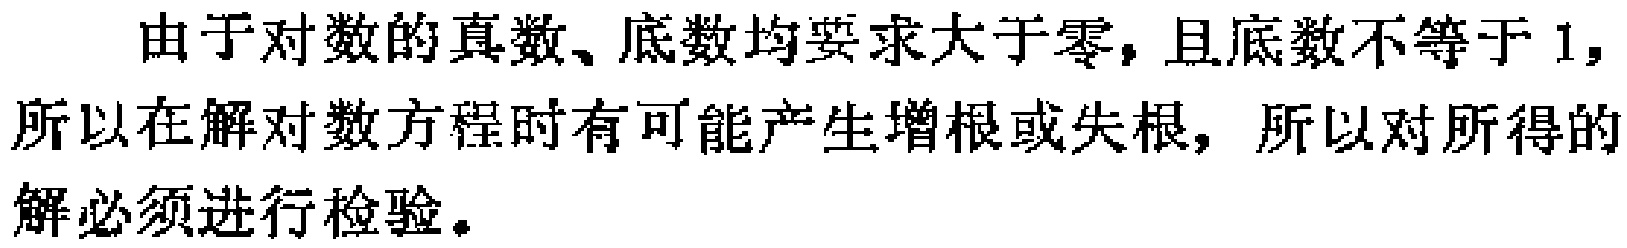
由于对数的真数、底数均要求大于零，且底数不等于 1，所以在解对数方程时有可能产生增根或失根，所以对所得的解必须进行检验。